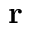
\mathbf { r }